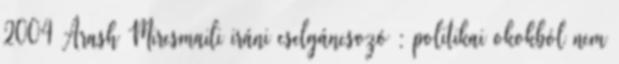
2004 Arash Miresmaili iráni cselgáncsozó : politikai okokból nem